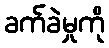
ခက်ခဲမှုကို